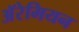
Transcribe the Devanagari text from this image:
अॅरेमियन